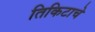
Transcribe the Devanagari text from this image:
तिकिटाचे